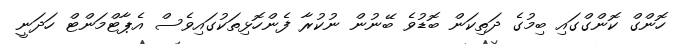
ހޮންގް ކޮންގްގައި ބިމުގެ ދަތިކަން ބޮޑުވެ ބޭނުން ނުކުރާ ފެންހޮޅިތަކުގައިވެސް އެޕާޓްމަންޓް ހަދަނީ